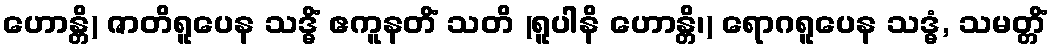
ဟောန္တိ) ဇာတိရူပေန သဒ္ဓိံ ဧကူနတိံ သတိ (ရူပါနိ ဟောန္တိ၊) ရောဂရူပေန သဒ္ဓံ, သမတ္တိံ